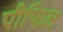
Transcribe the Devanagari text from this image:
पीफिल